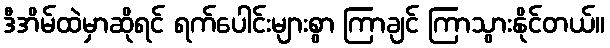
ဒီအိမ်ထဲမှာဆိုရင် ရက်ပေါင်းများစွာ ကြာချင် ကြာသွားနိုင်တယ်။